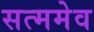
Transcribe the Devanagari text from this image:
सत्ममेव